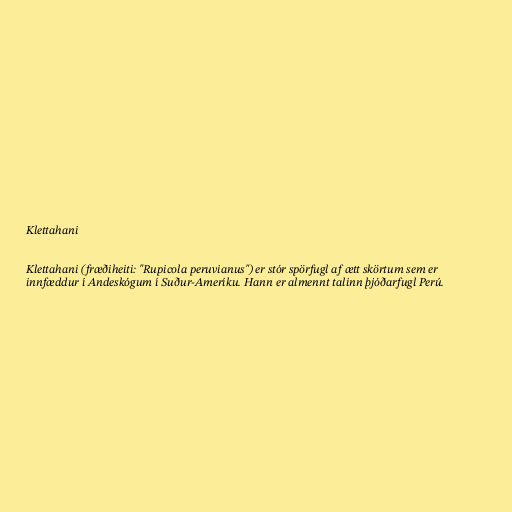
Klettahani

Klettahani (fræðiheiti: "Rupicola peruvianus") er stór spörfugl af ætt skörtum sem er
innfæddur í Andeskógum í Suður-Ameríku. Hann er almennt talinn þjóðarfugl Perú.